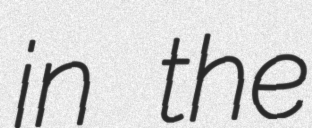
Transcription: in the